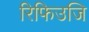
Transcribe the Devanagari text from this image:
रिफिउजि